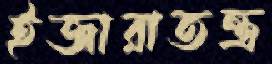
ইজারাতন্ত্র